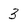
Character: 3